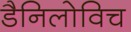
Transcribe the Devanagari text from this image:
डैनिलोविच